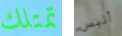
تمتلك أليس